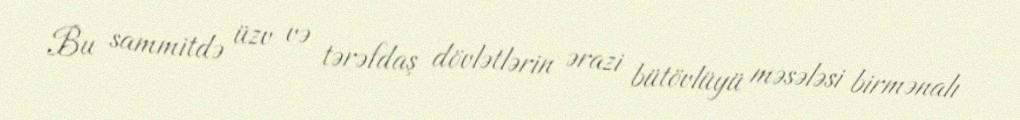
Bu sammitdə üzv və tərəfdaş dövlətlərin ərazi bütövlüyü məsələsi birmənalı